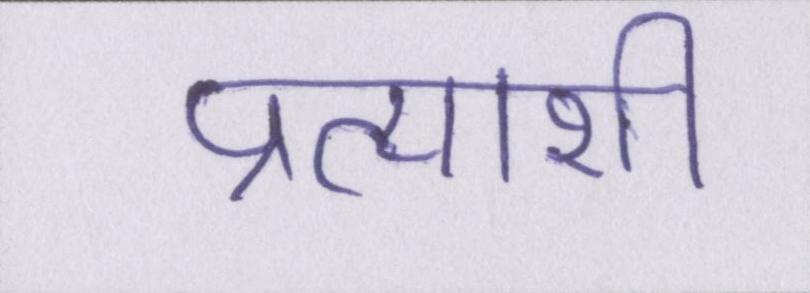
प्रत्याशी